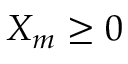
X _ { m } \geq 0